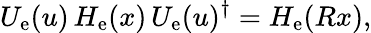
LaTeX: U_{\mathrm{e}}(u)\, H_{\mathrm{e}}(x)\, U_{\mathrm{e}}(u)^{\dagger}=H_{\mathrm{e}}(Rx),